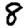
Digit: 8